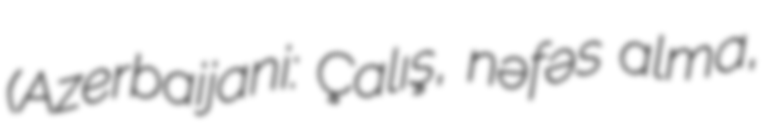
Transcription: (Azerbaijani: Çalış, nəfəs alma,